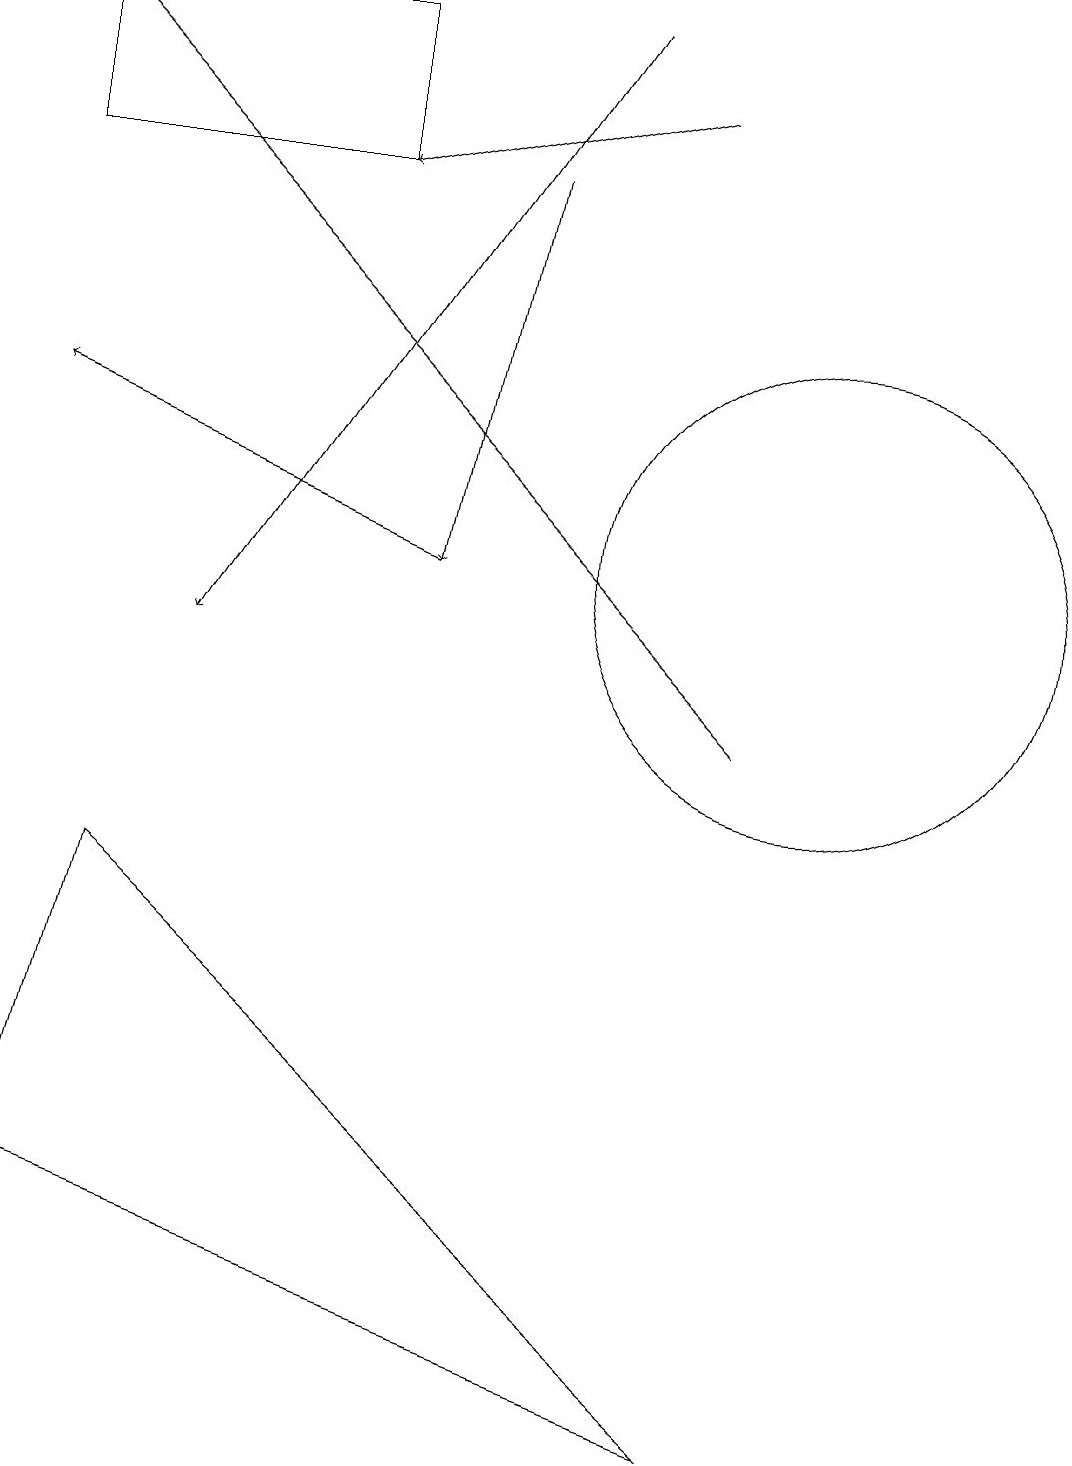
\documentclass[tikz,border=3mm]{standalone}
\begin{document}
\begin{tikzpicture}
\draw[->] (9,10) -- (0,19);
\draw[->] (8,18) -- (4,17);
\draw[->] (6,17) -- (5,12);
\draw (10,12) circle (3);
\draw (1,8) -- (9,1) -- (0,4) -- cycle;
\draw[->] (5,12) -- (0,14);
\draw[->] (7,19) -- (2,11);
\draw (4,17) rectangle (0,19);
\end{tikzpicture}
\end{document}